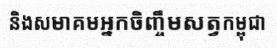
និងសមាគមអ្នកចិញ្ចឹមសត្វកម្ពុជា